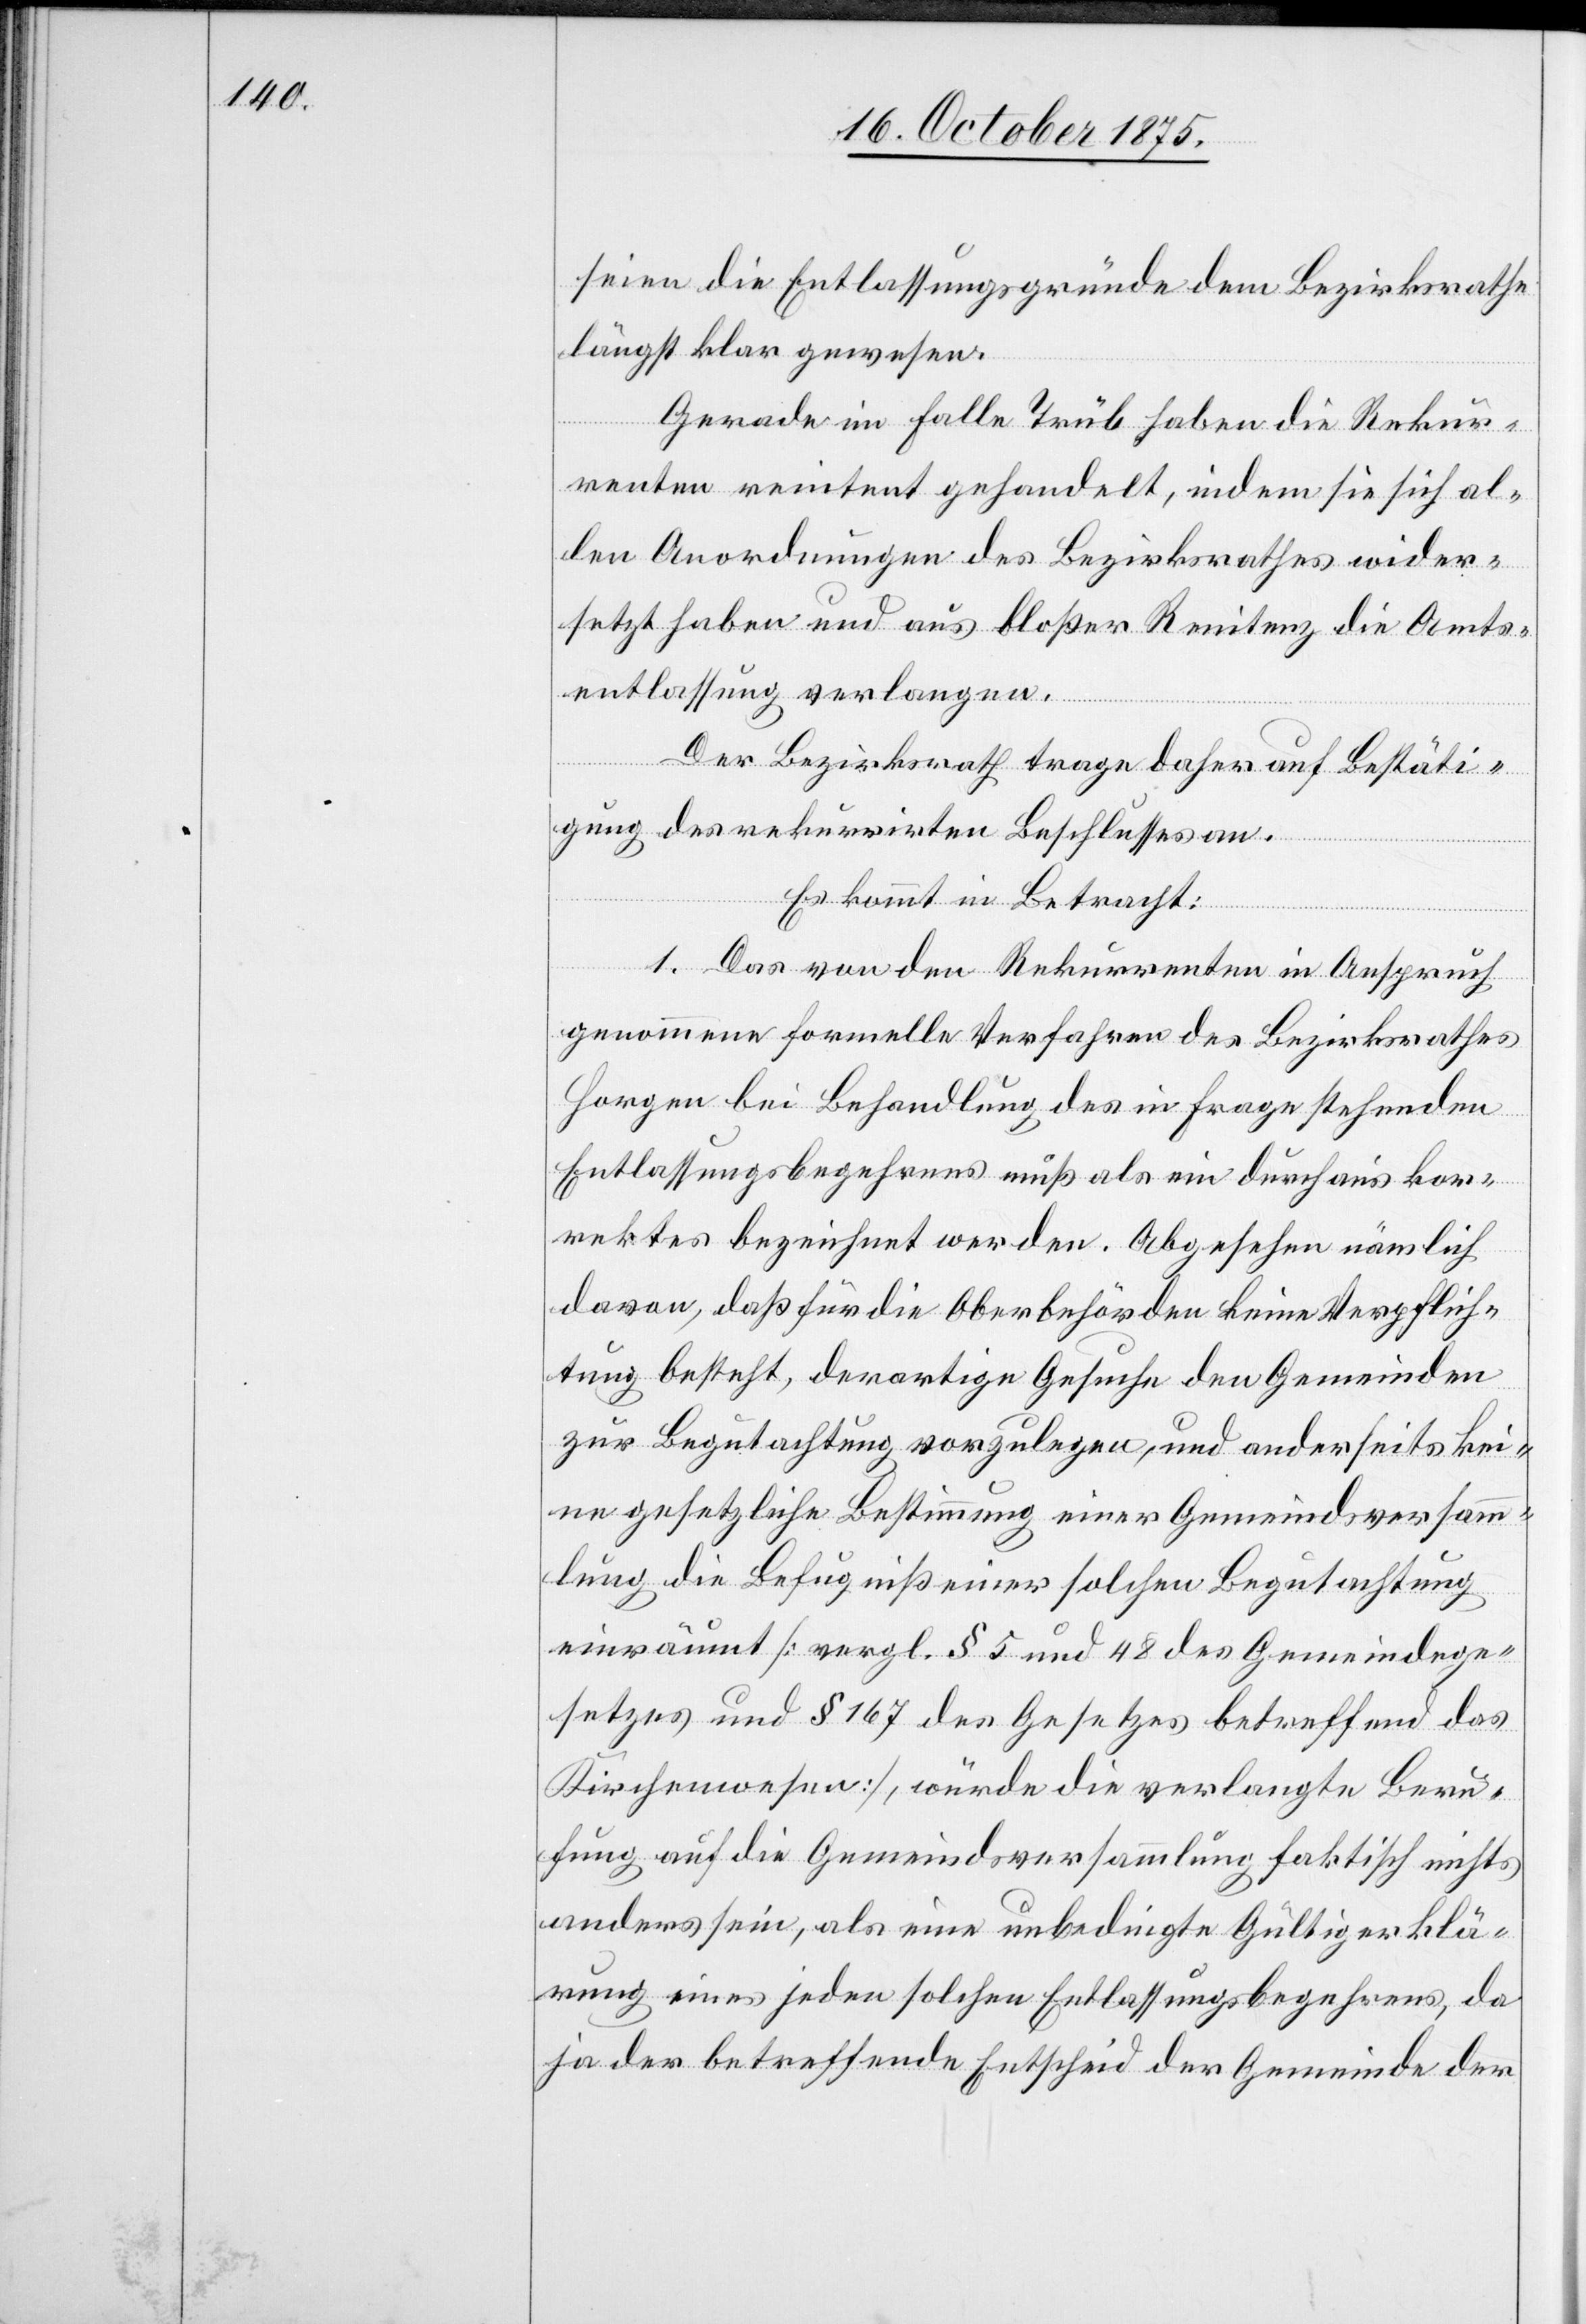
seien die Entlassungsgründe dem Bezirksrathe
längst klar gewesen.
Gerade im Falle Trüb haben die Rekur¬
renten renitent gehandelt, indem sie sich al¬
len Anordnungen des Bezirksrathes wider¬
setzt haben und aus bloßer Renitenz die Amts¬
entlassung verlangen.
Der Bezirksrath trage daher auf Bestäti¬
gung des rekurrirten Beschlusses an.
Es kommt in Betracht:
1. Das von den Rekurrenten in Anspruch
genommene formelle Verfahren des Bezirksrathes
Horgen bei Behandlung des in Frage stehenden
Entlassungsbegehrens muß als ein durchaus kor¬
rektes bezeichnet werden. Abgesehen nämlich
davon, daß für die Oberbehörden keine Verpflich¬
tung besteht, derartige Gesuche den Gemeinden
zur Begutachtung vorzulegen, und anderseits kei¬
ne gesetzliche Bestimmung einer Gemeindsversamm¬
lung die Befugniß einer solchen Begutachtung
einräumt [vergl. § 5 und 48 des Gemeindege¬
setzes und § 167 des Gesetzes betreffend das
Kirchenwesen], würde die verlangte Beru¬
fung auf die Gemeindsversammlung faktisch nichts
anders sein, als eine unbedingte Gültigerklä¬
rung eines jeden solchen Entlassungsbegehrens, da
ja der betreffende Entscheid der Gemeinde der